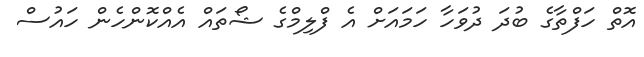
އޮތް ހަފްތާގެ ބުދަ ދުވަހާ ހަމައަށް އެ ފްލިމްގެ ޝޯތައް އެއްކޮންހެން ހައުސް